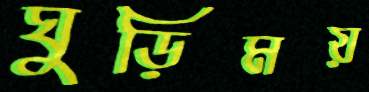
ঘুড়িময়